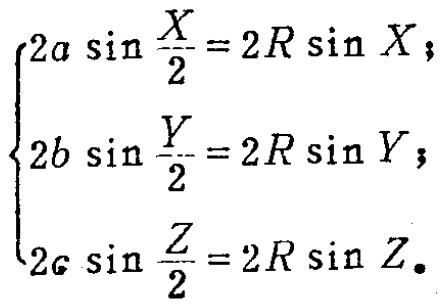
\[
\begin{cases}
2a\sin\frac{X}{2}=2R\sin X;\\
2b\sin\frac{Y}{2}=2R\sin Y;\\
2c\sin\frac{Z}{2}=2R\sin Z.
\end{cases}
\]